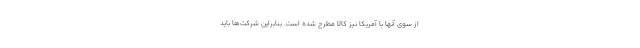
از سوی آنها با آمریکا نیز کالا مطرح شده است. بنابراین شرکت‌ها باید